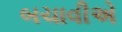
બચાવીએ